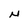
Character: N